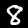
Label: 8